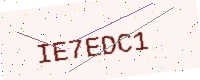
Text: IE7EDC1